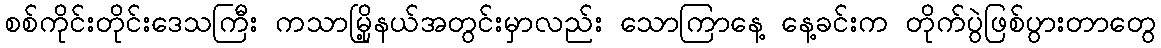
စစ်ကိုင်းတိုင်းဒေသကြီး ကသာမြို့နယ်အတွင်းမှာလည်း သောကြာနေ့ နေ့ခင်းက တိုက်ပွဲဖြစ်ပွားတာတွေ